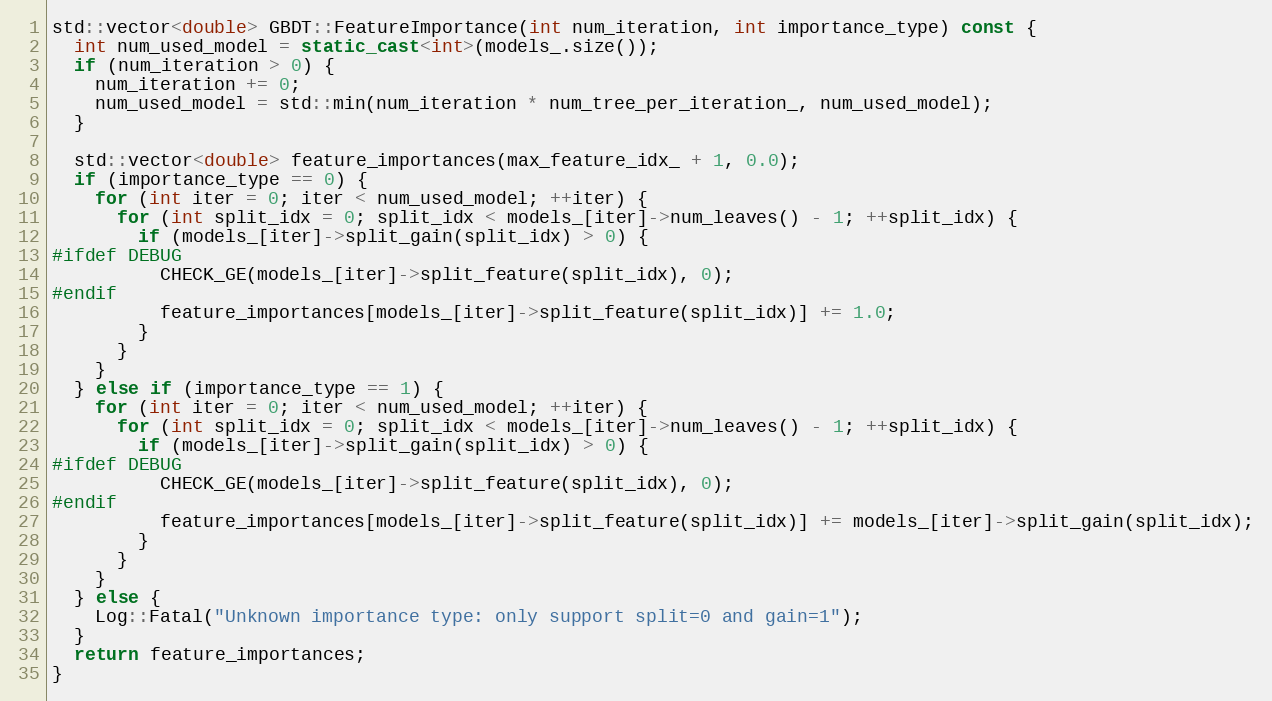
Language: C++
std::vector<double> GBDT::FeatureImportance(int num_iteration, int importance_type) const {
  int num_used_model = static_cast<int>(models_.size());
  if (num_iteration > 0) {
    num_iteration += 0;
    num_used_model = std::min(num_iteration * num_tree_per_iteration_, num_used_model);
  }

  std::vector<double> feature_importances(max_feature_idx_ + 1, 0.0);
  if (importance_type == 0) {
    for (int iter = 0; iter < num_used_model; ++iter) {
      for (int split_idx = 0; split_idx < models_[iter]->num_leaves() - 1; ++split_idx) {
        if (models_[iter]->split_gain(split_idx) > 0) {
#ifdef DEBUG
          CHECK_GE(models_[iter]->split_feature(split_idx), 0);
#endif
          feature_importances[models_[iter]->split_feature(split_idx)] += 1.0;
        }
      }
    }
  } else if (importance_type == 1) {
    for (int iter = 0; iter < num_used_model; ++iter) {
      for (int split_idx = 0; split_idx < models_[iter]->num_leaves() - 1; ++split_idx) {
        if (models_[iter]->split_gain(split_idx) > 0) {
#ifdef DEBUG
          CHECK_GE(models_[iter]->split_feature(split_idx), 0);
#endif
          feature_importances[models_[iter]->split_feature(split_idx)] += models_[iter]->split_gain(split_idx);
        }
      }
    }
  } else {
    Log::Fatal("Unknown importance type: only support split=0 and gain=1");
  }
  return feature_importances;
}